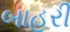
બાહરી